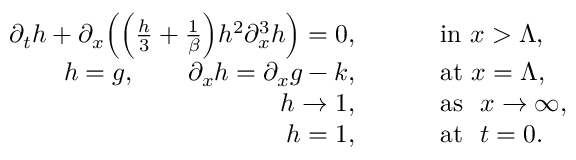
\begin{array} { r l } { \partial _ { t } h + \partial _ { x } \Big ( \Big ( \frac { h } { 3 } + \frac { 1 } { \beta } \Big ) h ^ { 2 } \partial _ { x } ^ { 3 } h \Big ) = 0 , \qquad } & { \mathrm { ~ i n ~ } x > \Lambda , } \\ { h = g , \qquad \partial _ { x } h = \partial _ { x } g - k , \qquad } & { \mathrm { ~ a t ~ } x = \Lambda , } \\ { h \to 1 , \qquad } & { \mathrm { ~ a s ~ } \ x \to \infty , } \\ { h = 1 , \qquad } & { \mathrm { ~ a t ~ } \ t = 0 . } \end{array}